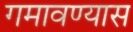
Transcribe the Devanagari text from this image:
गमावण्यास